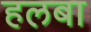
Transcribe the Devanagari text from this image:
हलबा